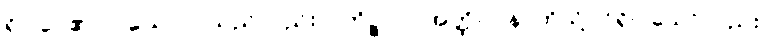
ရှိပါပေ၏။ ဝါယောပိ၊ သည်လည်း။ (ကိဉ္စာပိ) အတ္ထိ။ ပန၊ ထိုသို့ပင်ရှိပါသော်လည်း။